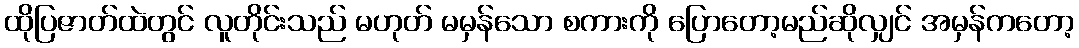
ထိုပြဇာတ်ထဲတွင် လူတိုင်းသည် မဟုတ် မမှန်သော စကားကို ပြောတော့မည်ဆိုလျှင် အမှန်ကတော့